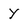
Character: y